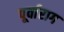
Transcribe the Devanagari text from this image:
पूर्वाराग